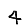
Digit: 4